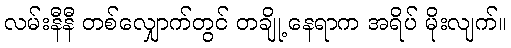
လမ်းနီနီ တစ်လျှောက်တွင် တချို့ နေရာက အရိပ် မိုးလျက်။